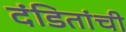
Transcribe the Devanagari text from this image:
दंडितांची